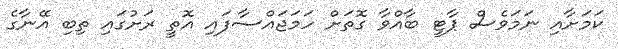
ކަމަށާއި ނަމަވެސް ޕާޓީ ބާއްވާ ގޮތަށް ހަމަޖައްސާފައި އޮތީ ރަށުގައި ތިބި އޭނާގެ